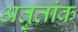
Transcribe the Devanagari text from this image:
अतुतांक